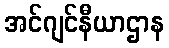
အင်ဂျင်နီယာဌာန